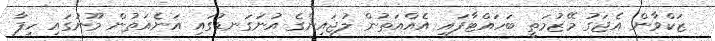
ޒަކްވާން އެޖަގު މޭޒުމަތީ ބަހައްޓާފައި އެއްއަތުން ލުޖައިންގެ އުނަގަނޑުގައި އަނެއަތުން މޫނުގައި ހިފާ